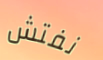
نفتش